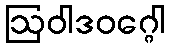
ဩဝါဒဝဂ္ဂေါ